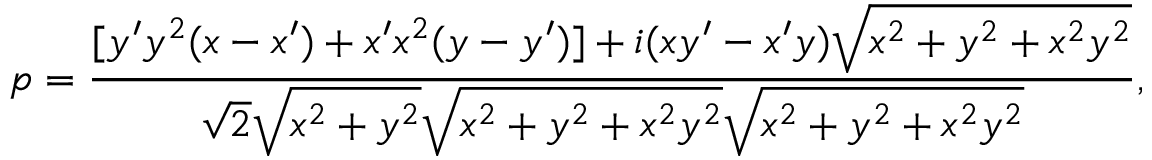
p = { \frac { [ y ^ { \prime } y ^ { 2 } ( x - x ^ { \prime } ) + x ^ { \prime } x ^ { 2 } ( y - y ^ { \prime } ) ] + i ( x y ^ { \prime } - x ^ { \prime } y ) { \sqrt { x ^ { 2 } + y ^ { 2 } + x ^ { 2 } y ^ { 2 } } } } { { \sqrt { 2 } } { \sqrt { x ^ { 2 } + y ^ { 2 } } } { \sqrt { x ^ { 2 } + y ^ { 2 } + x ^ { 2 } y ^ { 2 } } } { \sqrt { x ^ { 2 } + y ^ { 2 } + x ^ { 2 } y ^ { 2 } } } } } ,